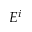
E ^ { i }